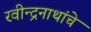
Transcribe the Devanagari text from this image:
रवीन्द्रनाथांचे